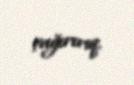
çağırırıq.